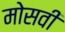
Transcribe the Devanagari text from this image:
मोसवी